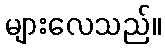
များလေသည်။